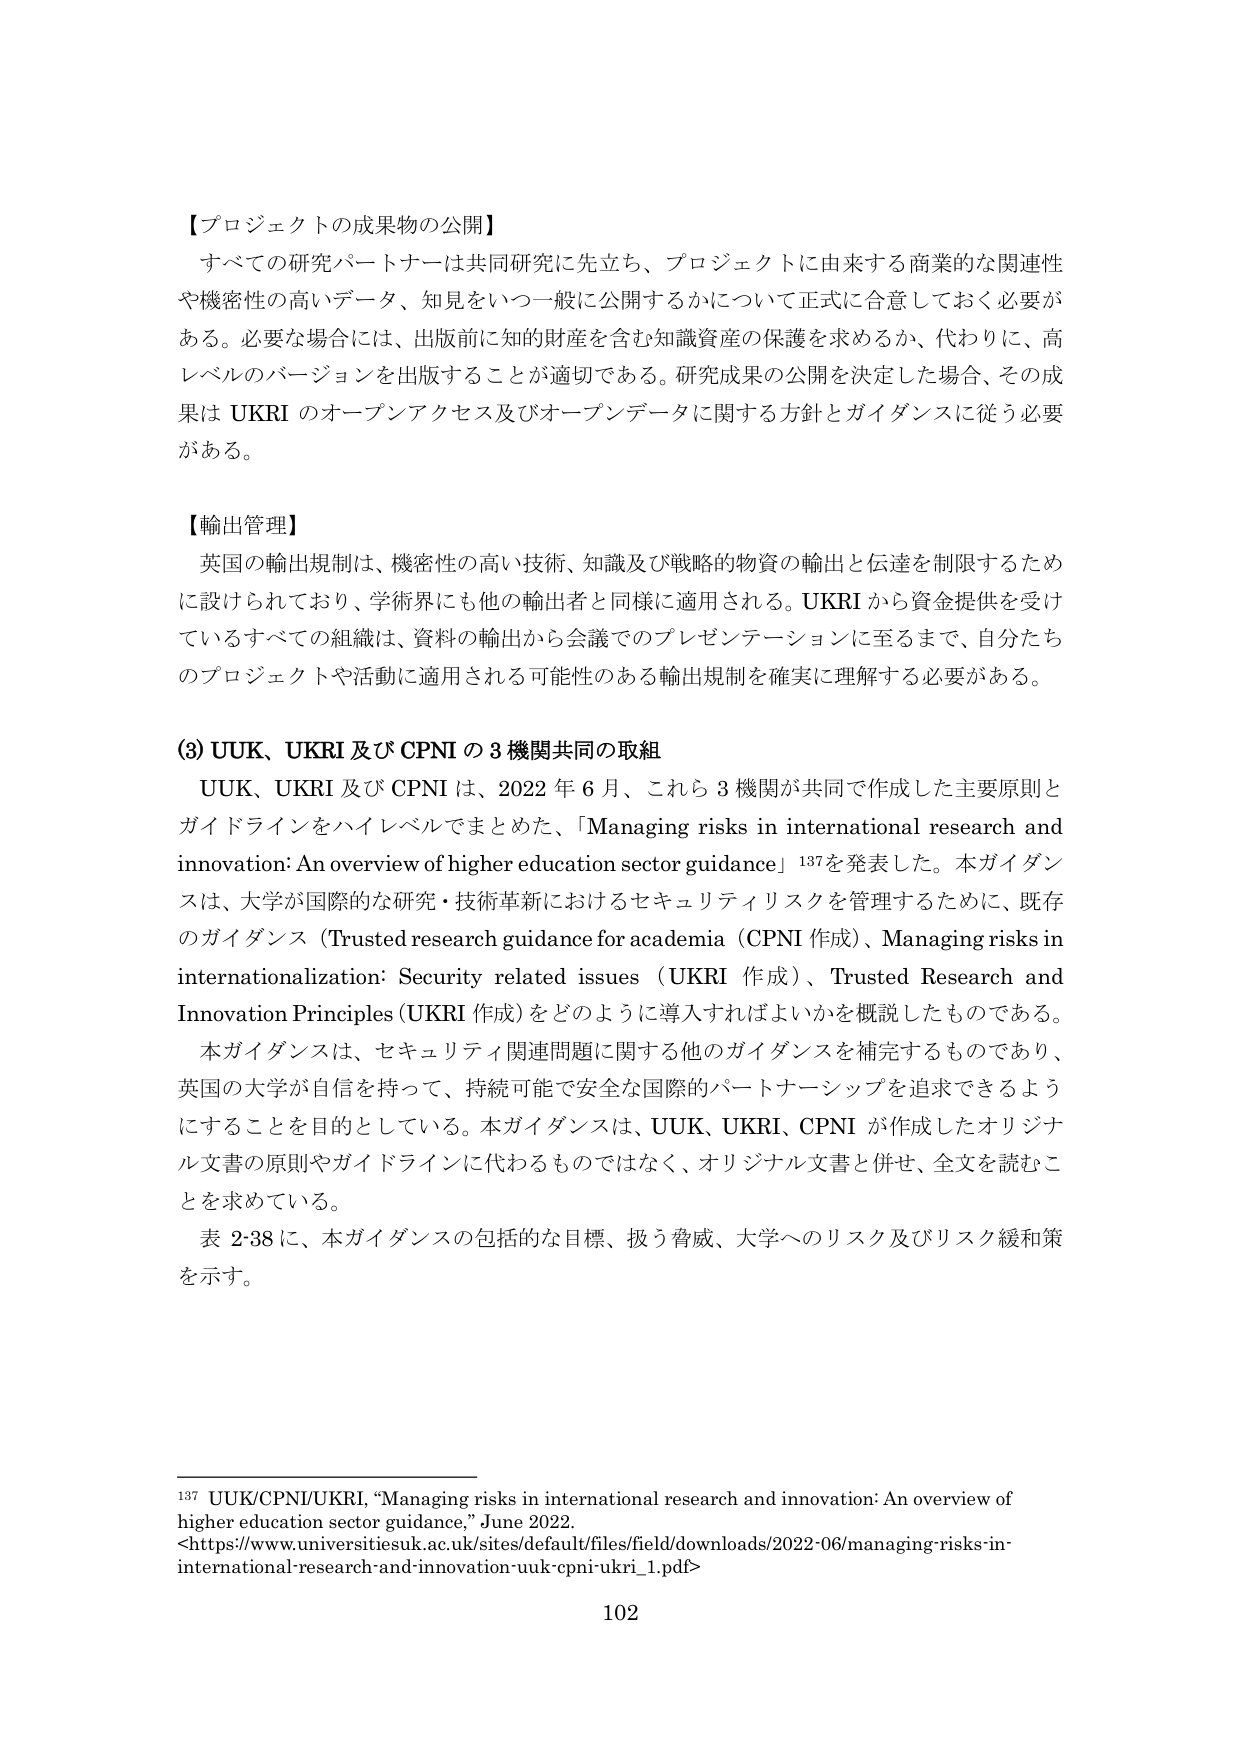
【プロジェクトの成果物の公開】
すべての研究パートナーは共同研究に先立ち、プロジェクトに由来する商業的な関連性や機密性の高いデータ、知見をいつ一般に公開するかについて正式に合意しておく必要がある。必要な場合には、出版前に知的財産を含む知識資産の保護を求めるか、代わりに、高レベルのバージョンを出版することが適切である。研究成果の公開を決定した場合、その成果は UKRI のオープンアクセス及びオープンデータに関する方針とガイダンスに従う必要がある。

【輸出管理】
英国の輸出規制は、機密性の高い技術、知識及び戦略的物資の輸出と伝達を制限するために設けられており、学術界にも他の輸出者と同様に適用される。UKRI から資金提供を受けているすべての組織は、資料の輸出から会議でのプレゼンテーションに至るまで、自分たちのプロジェクトや活動に適用される可能性のある輸出規制を確実に理解する必要がある。

(3) UUK、UKRI 及び CPNI の 3 機関共同の取組
UUK、UKRI 及び CPNI は、2022 年 6 月、これら 3 機関が共同で作成した主要原則とガイドラインをハイレベルでまとめた、「Managing risks in international research and innovation: An overview of higher education sector guidance」¹³⁷を発表した。本ガイダンスは、大学が国際的な研究・技術革新におけるセキュリティリスクを管理するために、既存のガイダンス（Trusted research guidance for academia（CPNI 作成）、Managing risks in internationalization: Security related issues（UKRI 作成）、Trusted Research and Innovation Principles（UKRI 作成））をどのように導入すればよいかを概説したものである。
本ガイダンスは、セキュリティ関連問題に関する他のガイダンスを補完するものであり、英国の大学が自信を持って、持続可能で安全な国際的パートナーシップを追求できるようにすることを目的としている。本ガイダンスは、UUK、UKRI、CPNI が作成したオリジナル文書の原則やガイドラインに代わるものではなく、オリジナル文書と併せ、全文を読むことを求めている。
表 2-38 に、本ガイダンスの包括的な目標、扱う脅威、大学へのリスク及びリスク緩和策を示す。

¹³⁷ UUK/CPNI/UKRI, “Managing risks in international research and innovation: An overview of higher education sector guidance,” June 2022.
<https://www.universitiesuk.ac.uk/sites/default/files/field/downloads/2022-06/managing-risks-in-international-research-and-innovation-uuk-cpni-ukri_1.pdf>

102